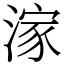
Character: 𣺊